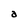
Character: a